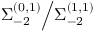
\Sigma _ { - 2 } ^ { ( 0 , 1 ) } \Big / \Sigma _ { - 2 } ^ { ( 1 , 1 ) }